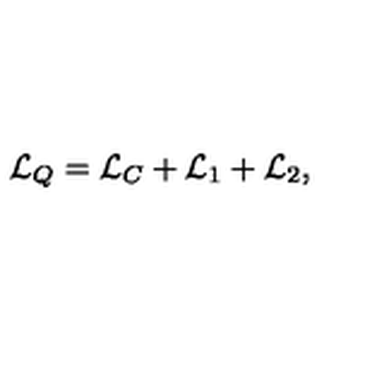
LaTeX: { \cal L } _ { Q } = { \cal L } _ { C } + { \cal L } _ { 1 } + { \cal L } _ { 2 } ,